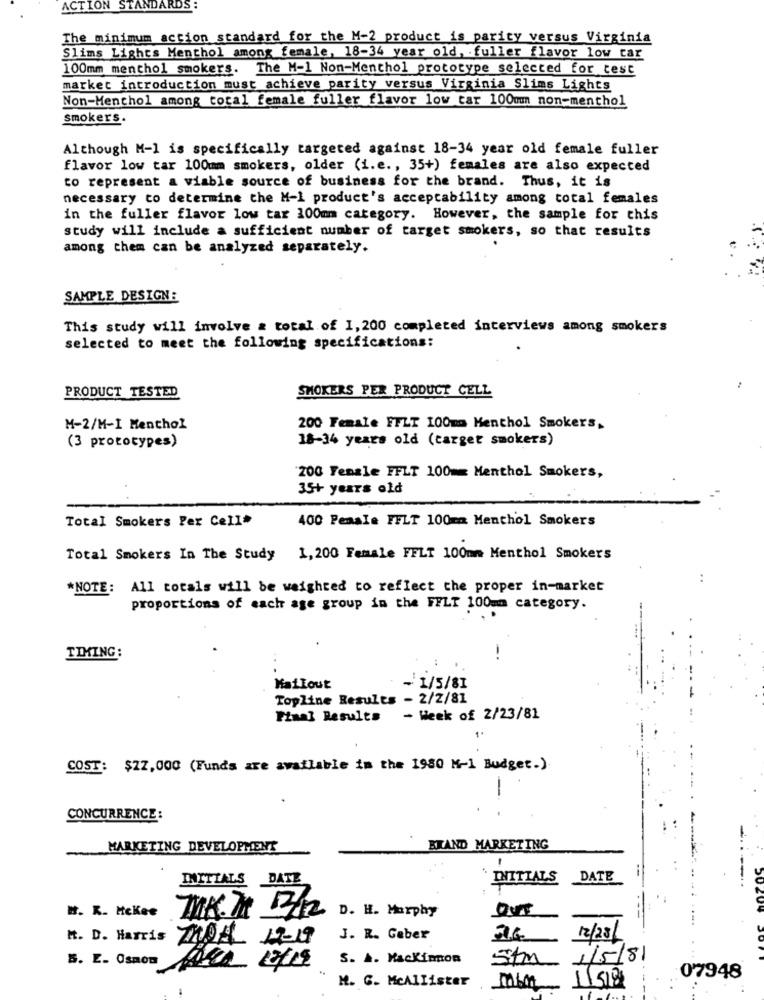
ACTION STANDARDS
The minimum action standard for the M-2 product is parity versus Virginia
Slims Lights Menthol among female, 18-34 year old, fuller flavor low car
100mm menthol smokers. The M-1 Non-Menthol prototype selected for cest
market introduction must achieve parity versus Virginia Slims Lights
Non-Menthol among total female fuller flavor low car 100mm non-menthol
smokers.
Although M-1 is specifically targeted against 18-34 year old female fuller
flavor low tar 100mm smokers, older (i.e ., 35+) females are also expected
to represent a viable source of business for the brand. Thus, it is
necessary to determine the M-1 product's acceptability among total females
in the fuller flavor low tar 100mm category. However, the sample for this
study will include a sufficient number of target smokers, so that results
among them can be analyzed separately.
SAMPLE DESIGN:
This study will involve & total of 1, 200 completed interviews among smokers
selected to meet the following specifications:
SMOKERS PER PRODUCT CELL
PRODUCT TESTED
M-2/M-I Menthol
200 Female FFLT 100mm Menthol Smokers,
18-34 years old (carget smokers)
(3 prototypes)
200 Female FFLT 100mm Menthol Smokers,
35+ years old
Total Smokers Per Cell*
400 Penale FFLT 100mm Menthol Smokers
Total Smokers In The Study 1,200 Female FFLT 100mm Menthol Smokers
*NOTE:
All totals will be weighted to reflect the proper in-market
proportions of each age group in the FELT 100mm category.
TIMING:
-.
Mailout
- 1/5/81
Topline Results - 2/2/81
Piaa] Results
- Week of 2/23/81
COST: $22,000 (Funds are available in the 1980 M-1 Budget.)
-
CONCURRENCE:
MARKETING DEVELOPMENT
BRAND MARKETING
INITIALS
DATE
INITIALS
DATE
H. R. Mckee
OUT
D. H. Murphy
M. D. Harris
J. R. Geber
12/23/
5. E. Osmou
S. A. Mackinnon
1/5/81
11518
07948
M. G. McAllister